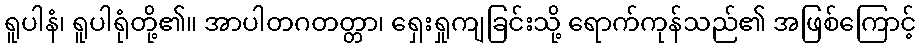
ရူပါနံ၊ ရူပါရုံတို့၏။ အာပါတဂတတ္တာ၊ ရှေးရှုကျခြင်းသို့ ရောက်ကုန်သည်၏ အဖြစ်ကြောင့်